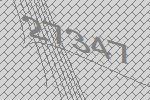
27347